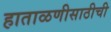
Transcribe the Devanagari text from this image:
हाताळणीसाठीची